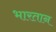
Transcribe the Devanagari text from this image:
भारतान